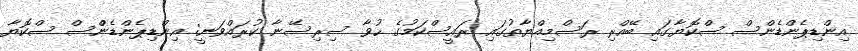
އިންޑިޕެންޑެންސް ސްކޮޔާގައި ބޭއްރި ރަސްމިއްޔާތުގައި ރައީސްކަމުގެ ހުވާ ސިރިސޭނާ ކުރައްވަނީ: އިންޑިޕެންޑެންްސް ސްކޮޔާ